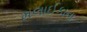
મલાઈકાના